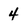
Character: 4